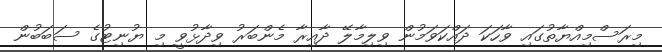
މިރަސްމިއްޔާތުގައި ވާހަކަ ދައްކަވަމުން ވިލިމާލޭ ދާއިރާ މެންބަރު ވިދާޅުވީ މި ޔުނިޓުގެ ސަބަބުން